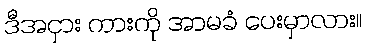
ဒီအငှား ကားကို အာမခံ ပေးမှာလား။